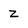
Character: z